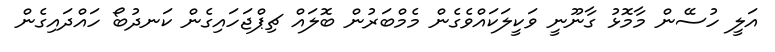
އަލީ ހުސޭން މާމޮޅު ގާނޫނީ ވަކީލަކައްވެގެން މެމްބަރުން ބޮލައް ޗިޕްޖަހައިގެން ކަނދުބޯ ހައްދައިގެން